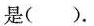
是().